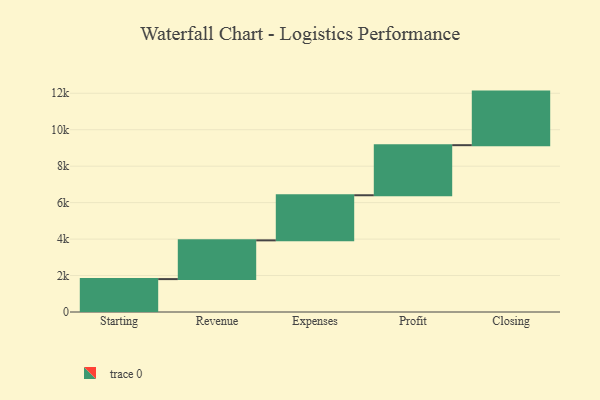
{"axis": {"x": "Step", "y": "Value"}, "legend": [""], "data": [{"x": "Starting", "y": 1805.0, "type": ""}, {"x": "Revenue", "y": 2125.0, "type": ""}, {"x": "Expenses", "y": 2475.0, "type": ""}, {"x": "Profit", "y": 2747.0, "type": ""}, {"x": "Closing", "y": 2939.0, "type": ""}]}